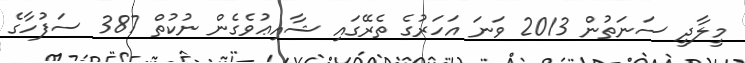
މީލާދީ ސަނަތުން 2013 ވަނަ އަހަރުގެ ތެރޭގައި ޝާއިޢުވެގެން ނުކުތް 387 ސަފުހާގެ